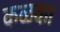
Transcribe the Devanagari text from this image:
कळका